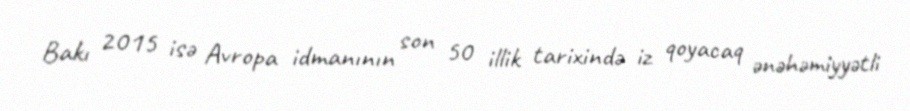
Bakı 2015 isə Avropa idmanının son 50 illik tarixində iz qoyacaq ənəhəmiyyətli